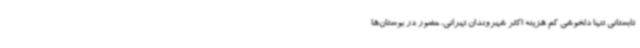
تابستانی تنها دلخوشی کم هزینه اکثر شهروندان تهرانی، حضور در بوستان‌ها